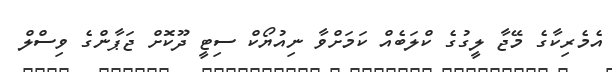
އެމެރިކާގެ މޭޖާ ލީގުގެ ކްލަބެއް ކަމަށްވާ ނިއުޔޯކް ސިޓީ ދޫކޮށް ޖަޕާންގެ ވިސްލް